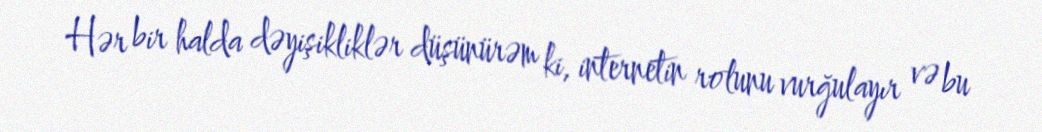
Hər bir halda dəyişikliklər düşünürəm ki, internetin rolunu vurğulayır və bu